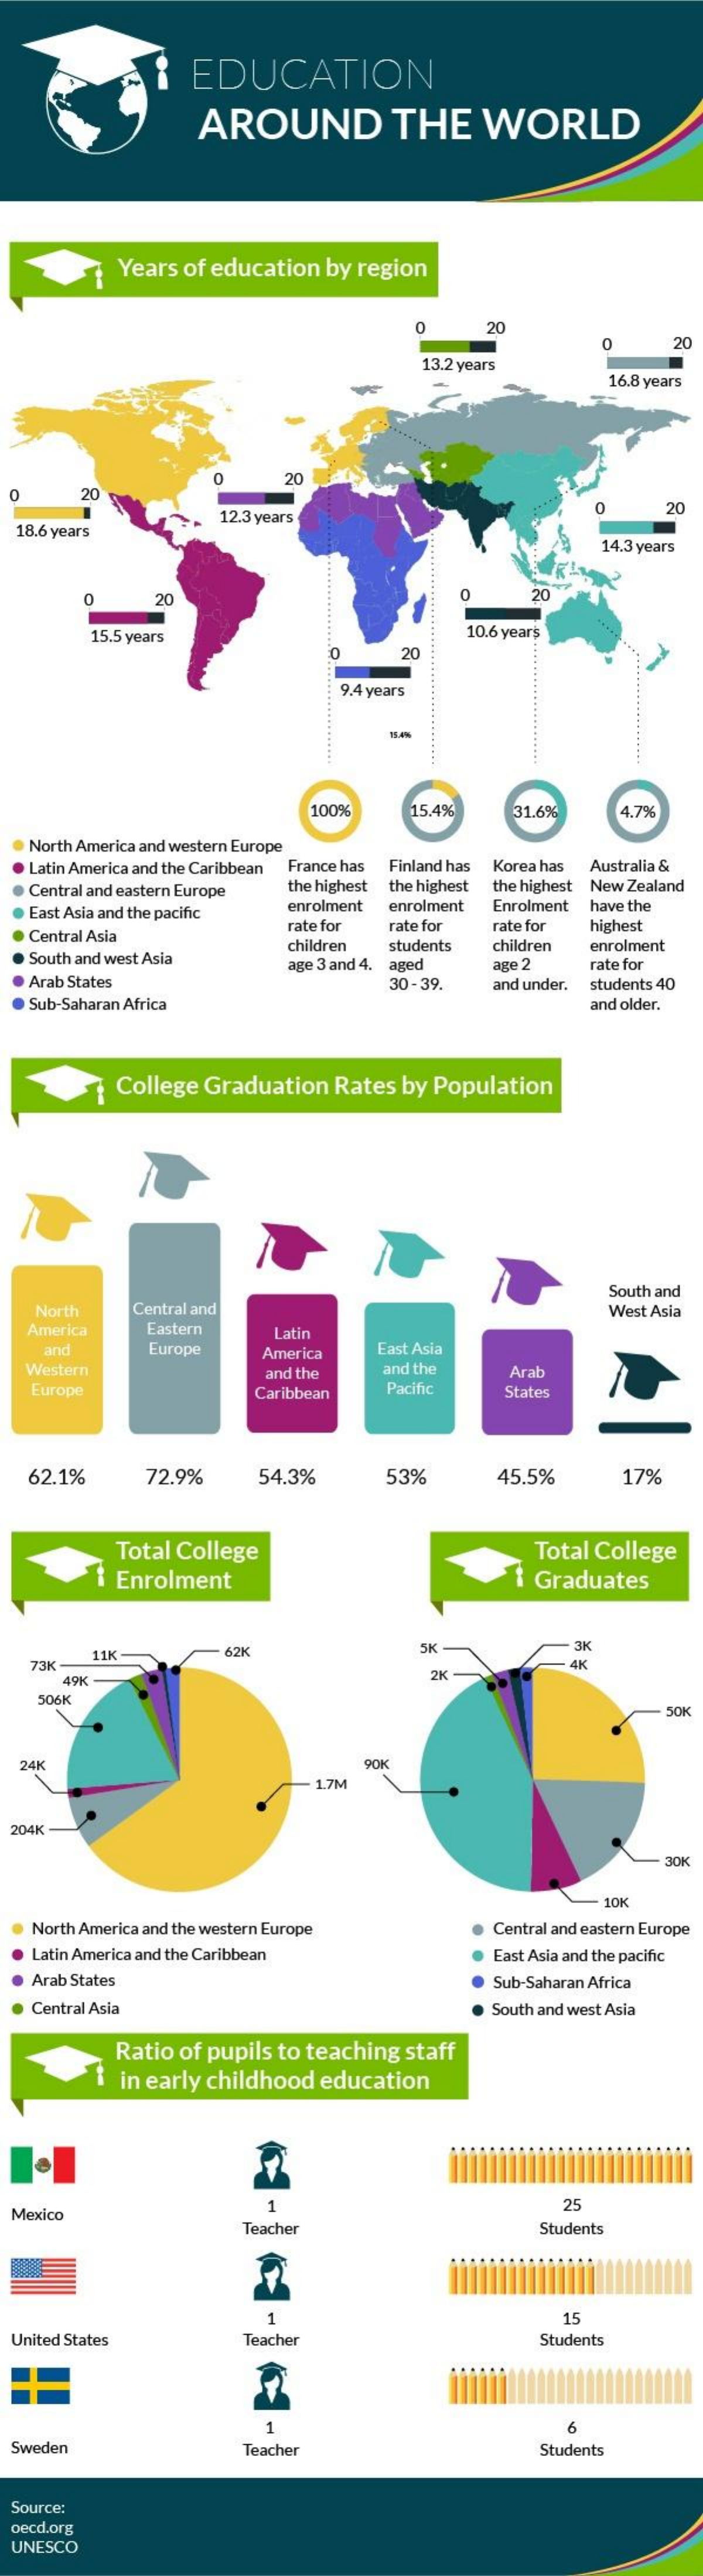
EDUCATION
     AROUND    THE    WORLD
     Years of education   by region
     0    20
     0    20
     13.2 years
     16.8 years
     20
     20
  0
  18.6 years
     12.3 years
     0    20
     .......................................
     14.3 years
     0    20    0    20
     15.5 years    10.6 years
     0    20
     .............. 9.4 years
     100%    15.4%    31.6%    1.7%
  . North America and western Europe
   Latin America and the Caribbean France has Finland has Korea has Australia &
   Central and eastern Europe the highest the highest the highest New Zealand
   East Asia and the pacific enrolment enrolment  Enrolment have the
  . Central Asia
     rate for  rate for   rate for highest
   South and west Asia
     children  students   children enrolment
   Arab States
     age 3 and 4. aged   age 2    rate for
     30 - 39.   and under. students 40
   Sub-Saharan Africa    and older.
     College Graduation   Rates  by Population
     South and
    North    Central and    West Asia
   America    Eastern    Latin
     and    Europe    East Asia
   Western
     America
     and the    and the    Arab
    Europe    Caribbean    Pacific    States
   62.1%    72.9%    54.3%    53%    45.5%    17%
     Total College    Total College
     i Enrolment    i Graduates
    73K
     11K    62K    SK    3K
     49K
     2K
    506K
     SOK
  24K    90K
     1.7M
  204K
     30K
     10K
    North America and the western Europe    Central and eastern Europe
    Latin America and the Caribbean    East Asia and the pacific
    Arab States    Sub-Saharan Africa
    Central Asia    South and west Asia
     Ratio of pupils to teaching  staff
     in early childhood  education
  Mexico
     1    25
     Teacher    Students
     1    15
  United States    Teacher    Students
     1    6
  Sweden    Teacher    Students
  Source:
  oecd.org
  UNESCO